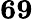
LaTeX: \mathbf{69}